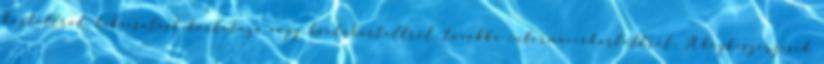
kartellről, kibocsátást korlátozó vagy kvótakartellről, továbbá információkartellről. A közbeszerzések